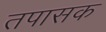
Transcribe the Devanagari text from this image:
तपासक